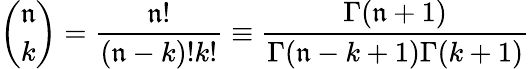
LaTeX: {\binom{\mathfrak{n}}{k}}={\frac{{\mathfrak{n}!}}{{(\mathfrak{n}-k)!k!}}}\equiv{\frac{{\Gamma(\mathfrak{n}+1)}}{{\Gamma(\mathfrak{n}-k+1)\Gamma(k+1)}}}